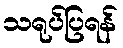
သရုပ်ပြရန်